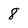
Character: 8